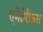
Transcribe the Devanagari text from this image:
एमेतेरीऊस